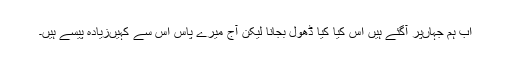
اب ہم جہاں‌پر آگئے ہیں اس کیا کیا ڈھول بجانا لیکن آج میرے پاس اس سے کہیں‌زیادہ پیسے ہیں۔